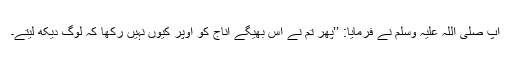
آپ صلی اللہ علیہ وسلم نے فرمایا: ’’پھر تم نے اس بھیگے اناج کو اوپر کیوں نہیں رکھا کہ لوگ دیکھ لیتے۔